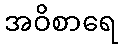
အဝိစာရေ